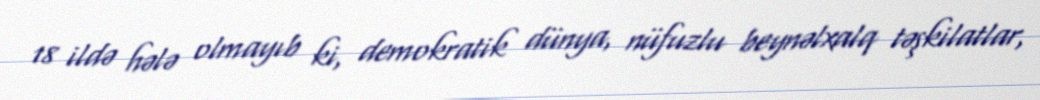
18 ildə hələ olmayıb ki, demokratik dünya, nüfuzlu beynəlxalq təşkilatlar,